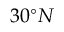
3 0 ^ { \circ } N